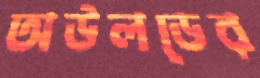
অউলডের